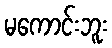
မကောင်းဘူး